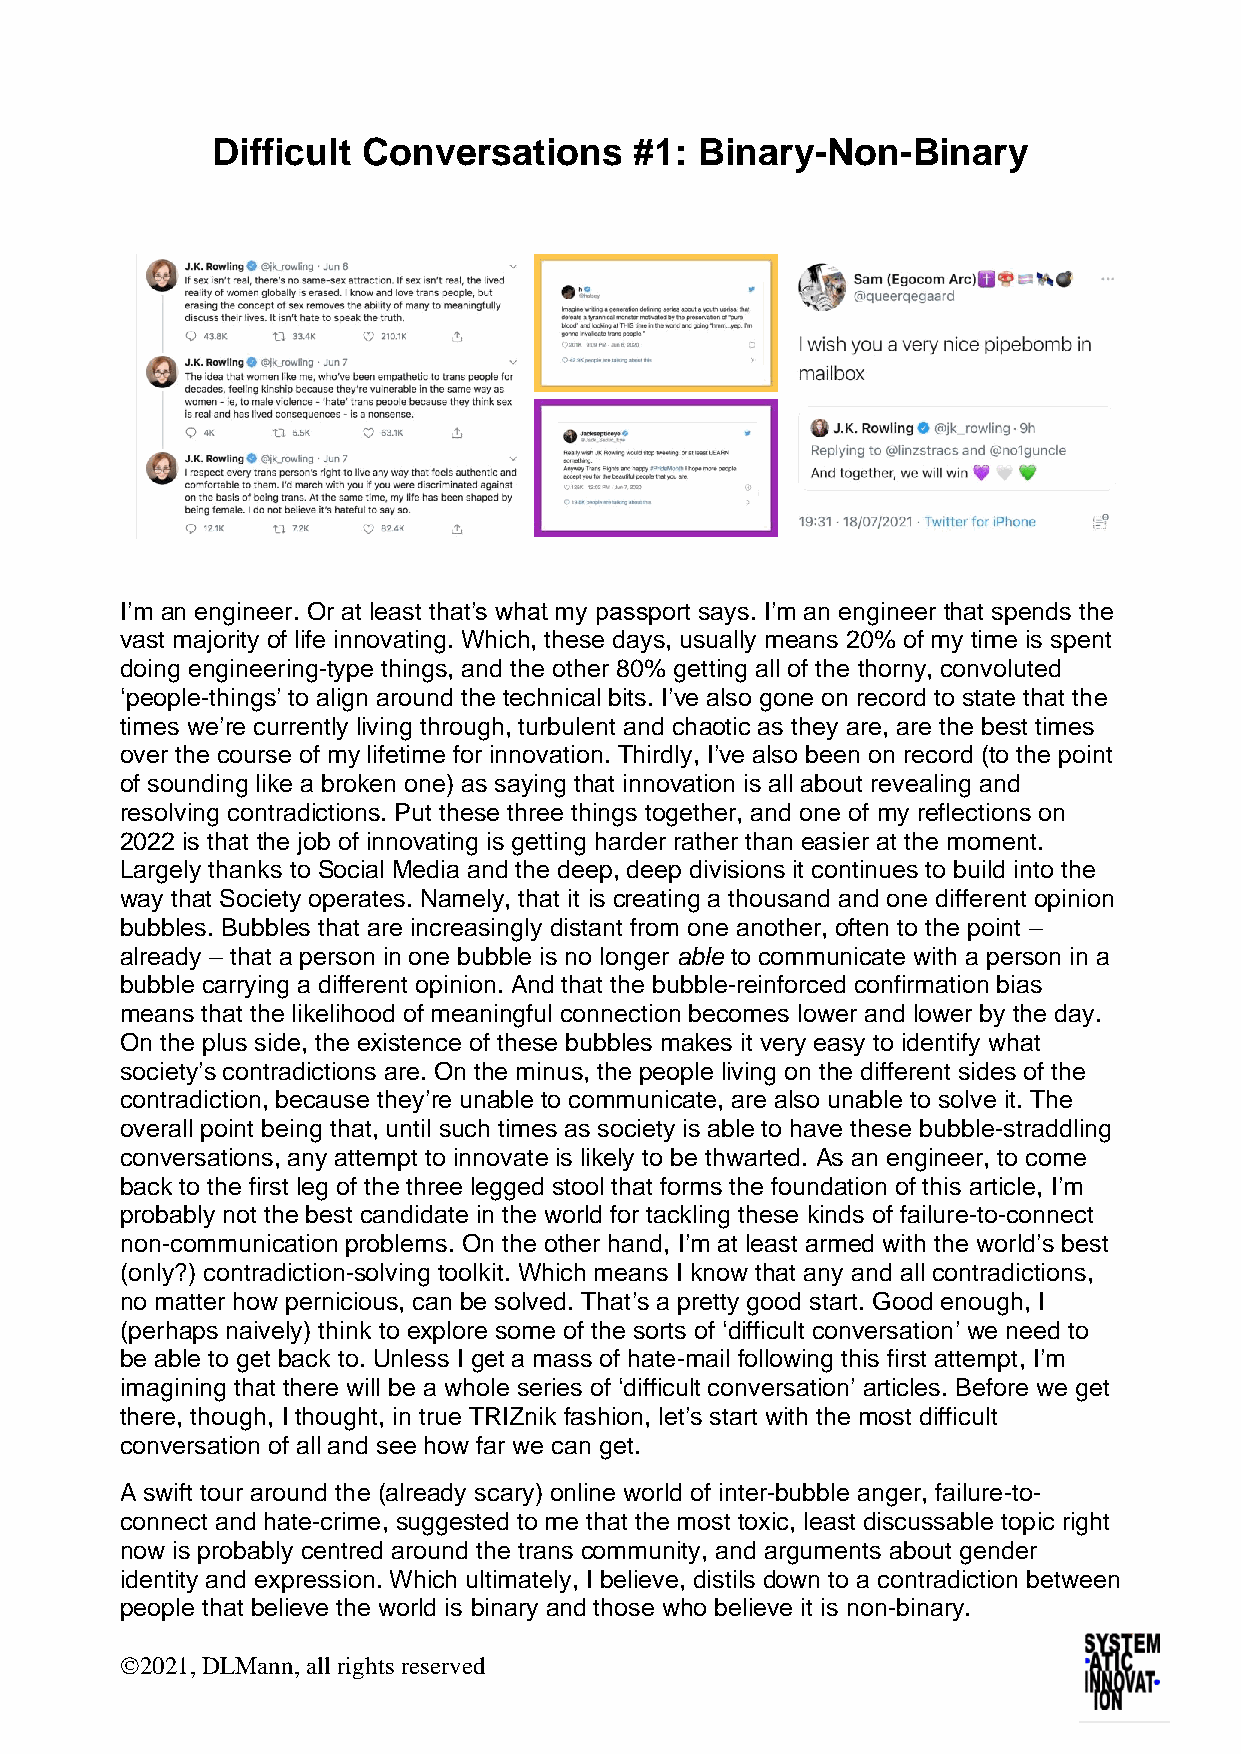
Difficult Conversations     #1: Binary-Non-Binary
 I’m an engineer. Or at least that’s what my passport says. I’m an engineer that spends the
 vast majority of life innovating. Which, these days, usually means 20% of my time is spent
 doing engineering-type things, and the other 80% getting all of the thorny, convoluted
 ‘people-things’ to align around the technical bits. I’ve also gone on record to state that the
 times we’re currently living through, turbulent and chaotic as they are, are the best times
 over the course of my lifetime for innovation. Thirdly, I’ve also been on record (to the point
 of sounding like a broken one) as saying that innovation is all about revealing and
 resolving contradictions. Put these three things together, and one of my reflections on
 2022 is that the job of innovating is getting harder rather than easier at the moment.
 Largely thanks to Social Media and the deep, deep divisions it continues to build into the
 way that Society operates. Namely, that it is creating a thousand and one different opinion
 bubbles. Bubbles that are increasingly distant from one another, often to the point –
 already – that a person in one bubble is no longer able to communicate with a person in a
 bubble carrying a different opinion. And that the bubble-reinforced confirmation bias
 means that the likelihood of meaningful connection becomes lower and lower by the day.
 On the plus side, the existence of these bubbles makes it very easy to identify what
 society’s contradictions are. On the minus, the people living on the different sides of the
 contradiction, because they’re unable to communicate, are also unable to solve it. The
 overall point being that, until such times as society is able to have these bubble-straddling
 conversations, any attempt to innovate is likely to be thwarted. As an engineer, to come
 back to the first leg of the three legged stool that forms the foundation of this article, I’m
 probably not the best candidate in the world for tackling these kinds of failure-to-connect
 non-communication problems. On the other hand, I’m at least armed with the world’s best
 (only?) contradiction-solving toolkit. Which means I know that any and all contradictions,
 no matter how pernicious, can be solved. That’s a pretty good start. Good enough, I
 (perhaps naively) think to explore some of the sorts of ‘difficult conversation’ we need to
 be able to get back to. Unless I get a mass of hate-mail following this first attempt, I’m
 imagining that there will be a whole series of ‘difficult conversation’ articles. Before we get
 there, though, I thought, in true TRIZnik fashion, let’s start with the most difficult
 conversation of all and see how far we can get.
 A swift tour around the (already scary) online world of inter-bubble anger, failure-to-
 connect and hate-crime, suggested to me that the most toxic, least discussable topic right
 now is probably centred around the trans community, and arguments about gender
 identity and expression. Which ultimately, I believe, distils down to a contradiction between
 people that believe the world is binary and those who believe it is non-binary.
 ©2021, DLMann, all rights reserved